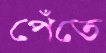
পেঁতে